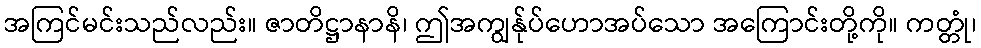
အကြင်မင်းသည်လည်း။ ဇာတိဋ္ဌာနာနိ၊ ဤအကျွန်ုပ်ဟောအပ်သော အကြောင်းတို့ကို။ ကတ္တုံ၊